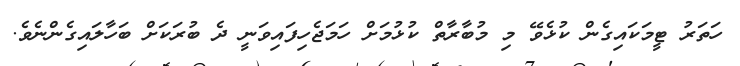
ހަތަރު ޓީމަކައިގެން ކުޅެވޭ މި މުބާރާތް ކުޅުމަށް ހަމަޖެހިފައިވަނީ ދެ ބުރަކަށް ބަހާލައިގެންނެވެ.